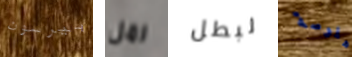
بيرسون رمل لبطل هلوسة